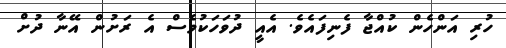
ހުރި އަންހެން ކުއްޖާ ފެނިފައެވެ. އެއީ ދުވަހަކުވެސް އެ ރަށުން އޭނާ ދުށް